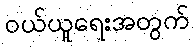
ဝယ်ယူရေးအတွက်